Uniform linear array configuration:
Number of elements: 8
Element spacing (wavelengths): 1
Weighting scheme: binomial
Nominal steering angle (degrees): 15
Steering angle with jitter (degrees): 15.004
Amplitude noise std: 0.05
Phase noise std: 0.05

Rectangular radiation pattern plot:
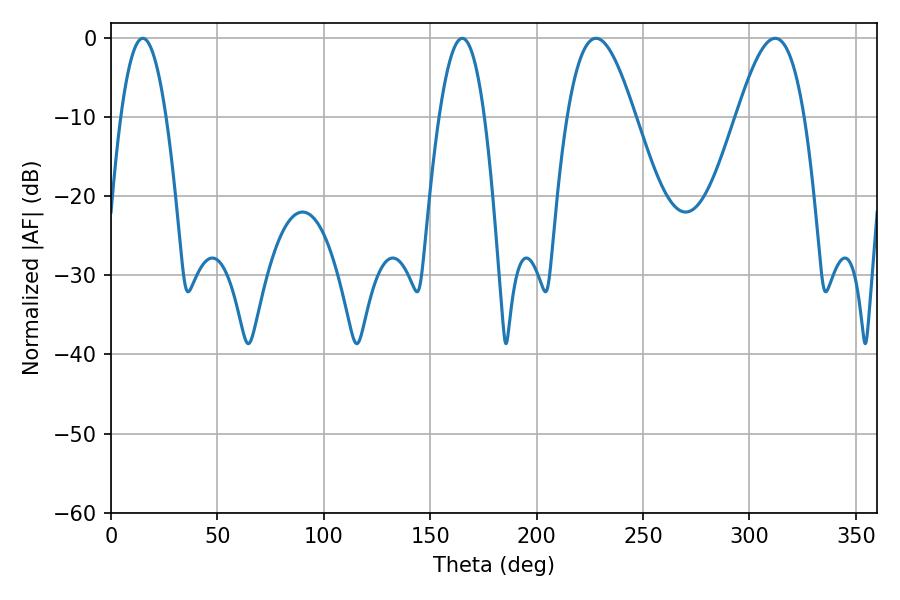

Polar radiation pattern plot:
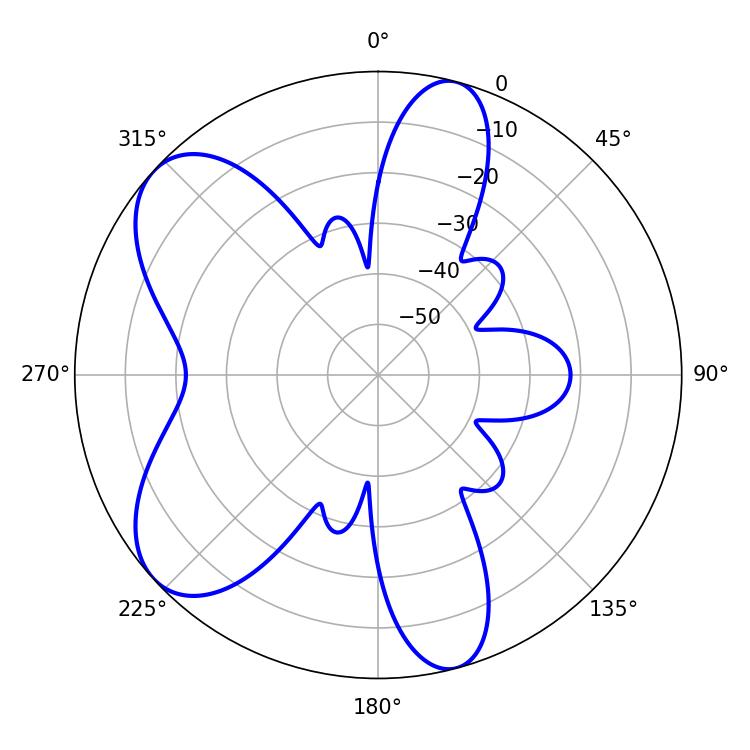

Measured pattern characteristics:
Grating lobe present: TRUE
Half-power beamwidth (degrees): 11.7
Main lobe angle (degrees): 14.94